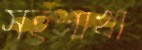
সহশাখা